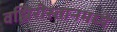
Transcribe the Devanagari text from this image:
वझिरीस्तानमध्ये